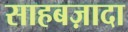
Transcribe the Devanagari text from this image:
साहबज़ादा